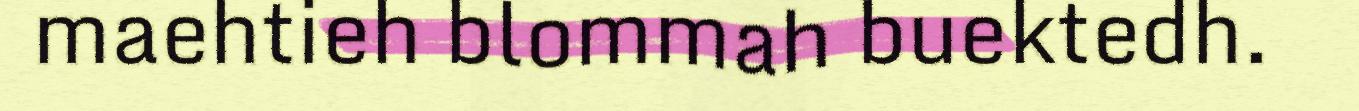
maehtieh blommah buektedh.